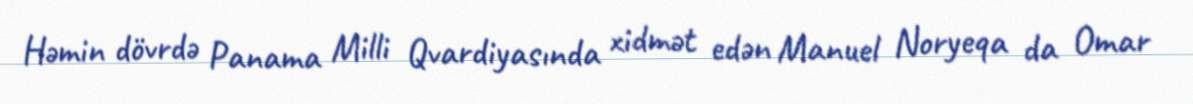
Həmin dövrdə Panama Milli Qvardiyasında xidmət edən Manuel Noryeqa da Omar